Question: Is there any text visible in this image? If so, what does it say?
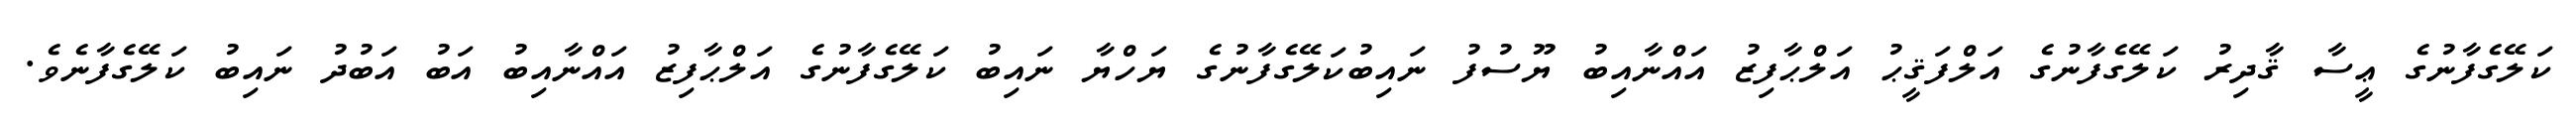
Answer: ކަލޭގެފާނުގެ ޢީސާ ޤާދިރު ކަލޭގެފާނުގެ އަލްފަޤީޙު އަލްޙާފިޒު އައްނާއިބު ޔޫސުފު ނައިބުކަލޭގެފާނުގެ ޔަހްޔާ ނައިބު ކަލޭގެފާނުގެ އަލްޙާފިޒު އައްނާއިބު އަބު އަބުދު ނައިބު ކަލޭގެފާނެވެ.